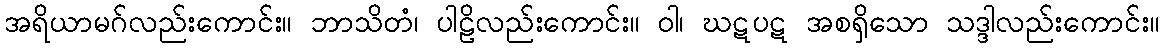
အရိယာမဂ်လည်းကောင်း။ ဘာသိတံ၊ ပါဠိလည်းကောင်း။ ဝါ၊ ဃဋပဋ အစရှိသော သဒ္ဒါလည်းကောင်း။